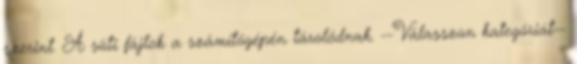
szerint. A süti fájlok a számítógépén tárolódnak. --Válasszon kategóriát--